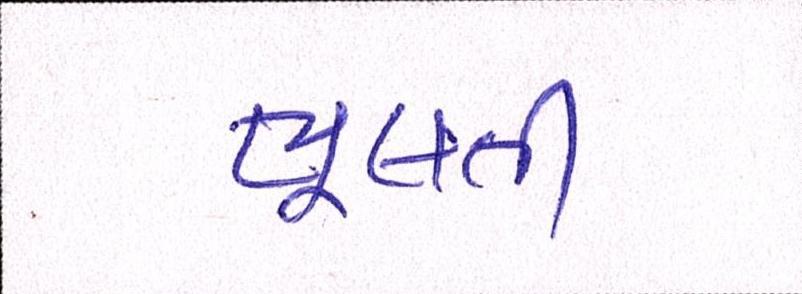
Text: ભૂલતી